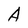
Character: A